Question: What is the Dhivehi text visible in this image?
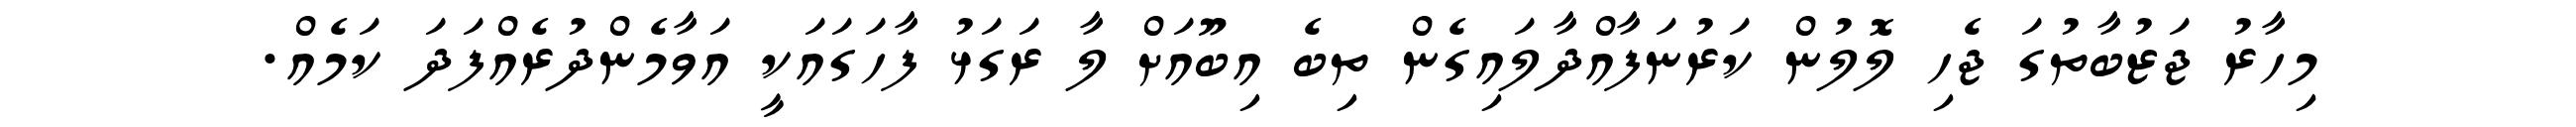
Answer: މިހާރު ޖަޒުބާތުގަ ޖެހި ލޮލުން ކަރުނަފާއްދާލައިގެން ތިބެ އިބޫއަށް ލާ ރަގަޅު ފާހަގައަކީ އަވާމެންދުރެއްފަދަ ކަމެއް.